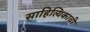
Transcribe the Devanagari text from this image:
साहित्यिकाची